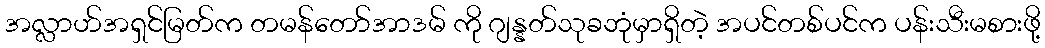
အလ္လာဟ်အရှင်မြတ်က တမန်တော်အာဒမ် ကို ဂျန္နတ်သုခဘုံမှာရှိတဲ့ အပင်တစ်ပင်က ပန်းသီးမစားဖို့